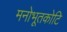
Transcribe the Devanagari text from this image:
मनोभूतकोटि